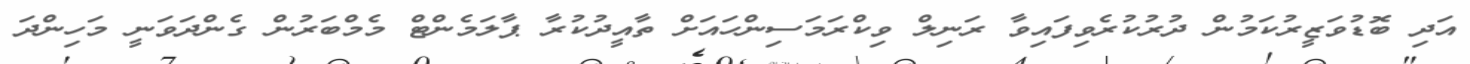
އަދި ބޮޑުވަޒީރުކަމުން ދުރުކުރެވިފައިވާ ރަނިލް ވިކްރަމަސިންހައަށް ތާއީދުކުރާ ޕާލަމެންޓް މެމްބަރުން ގެންދަވަނީ މަހިންދަ